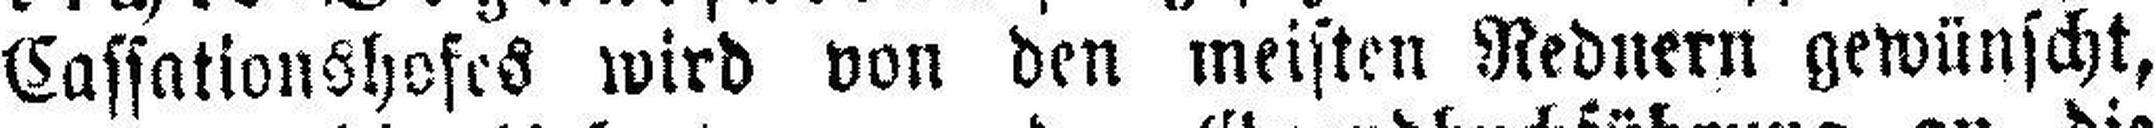
Cassationshofes wird von den meisten Rednern gewünscht,